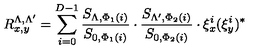
R _ { x , y } ^ { \Lambda , \Lambda ^ { \prime } } = \sum _ { i = 0 } ^ { D - 1 } \frac { S _ { \Lambda , \Phi _ { 1 } ( i ) } } { S _ { 0 , \Phi _ { 1 } ( i ) } } \cdot \frac { S _ { \Lambda ^ { \prime } , \Phi _ { 2 } ( i ) } } { S _ { 0 , \Phi _ { 2 } ( i ) } } \cdot \xi _ { x } ^ { i } ( \xi _ { y } ^ { i } ) ^ { * }